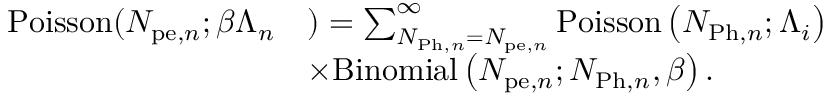
\begin{array} { r l } { \mathrm { P o i s s o n } ( N _ { \mathrm { p e } , n } ; \beta \Lambda _ { n } } & { ) = \sum _ { N _ { \mathrm { P h } , n } = N _ { \mathrm { p e } , n } } ^ { \infty } \mathrm { P o i s s o n } \left( N _ { \mathrm { P h } , n } ; \Lambda _ { i } \right) } \\ & { \times \mathrm { B i n o m i a l } \left( N _ { \mathrm { p e } , n } ; N _ { \mathrm { P h } , n } , \beta \right) . } \end{array}